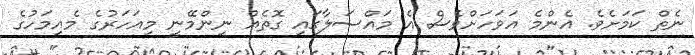
ނެތް ކަމަށެވެ. އެންމެ އަވަހަށްވެސް އެ މައްސަލާގައި ގޮތެއް ނިންމޭނީ މިއަހަރުގެ މެއިމަހުގެ